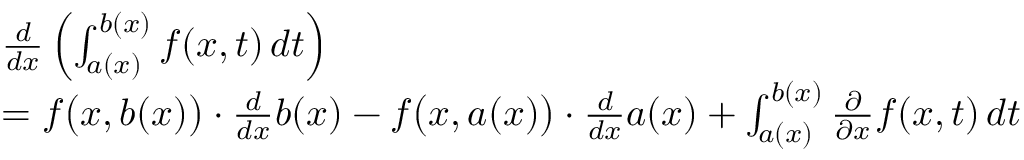
{ \begin{array} { r l } & { { \frac { d } { d x } } \left( \int _ { a ( x ) } ^ { b ( x ) } f ( x , t ) \, d t \right) } \\ & { = f { \big ( } x , b ( x ) { \big ) } \cdot { \frac { d } { d x } } b ( x ) - f { \big ( } x , a ( x ) { \big ) } \cdot { \frac { d } { d x } } a ( x ) + \int _ { a ( x ) } ^ { b ( x ) } { \frac { \partial } { \partial x } } f ( x , t ) \, d t } \end{array} }